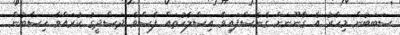
ސަބަބުން މިހާރު އެ ގާނޫނަށް ގެނެސްފައިވާ އިސްލާހުތައް ފާސްވެ ދަސްދީގު ކުރައްވާ ހިސާބުން